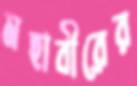
মহাবীরের